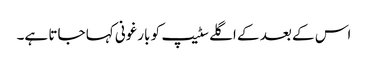
اس کے بعد کے اگلے سٹیپ کو بارغونی کہا جاتا ہے۔